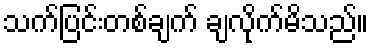
သက်ပြင်းတစ်ချက် ချလိုက်မိသည်။